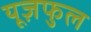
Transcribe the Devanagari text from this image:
यूज़फुल